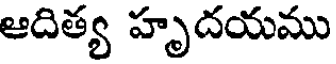
ఆదిత్య హృదయము